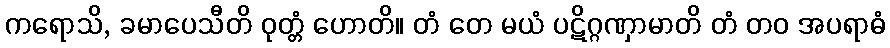
ကရောသိ, ခမာပေသီတိ ဝုတ္တံ ဟောတိ။ တံ တေ မယံ ပဋိဂ္ဂဏှာမာတိ တံ တဝ အပရာဓံ